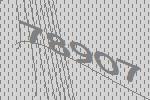
78907